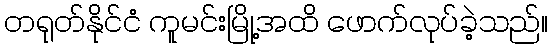
တရုတ်နိုင်ငံ ကူမင်းမြို့အထိ ဖောက်လုပ်ခဲ့သည်။